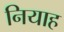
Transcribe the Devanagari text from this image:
नियाह